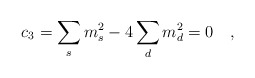
\begin{align*}c_3=\sum_{s} m_s^2-4 \sum_{d} m_d^2=0~~~,\end{align*}